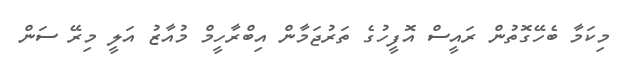
މިކަމާ ބެހޭގޮތުން ރައީސް އޮފީހުގެ ތަރުޖަމާން އިބްރާހީމް މުއާޒު އަލީ މިރޭ ސަން